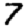
Digit: 7